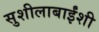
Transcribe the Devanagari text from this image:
सुशीलाबाईंशी